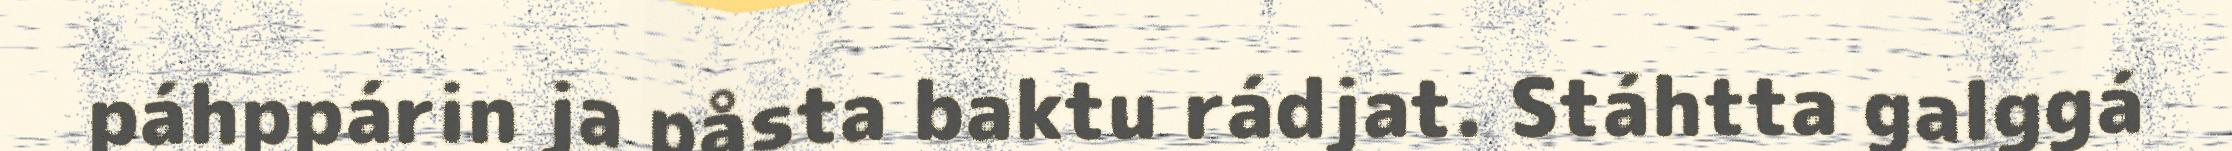
páhppárin ja påsta baktu rádjat. Stáhtta galggá